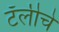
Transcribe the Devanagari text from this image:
टॅलीचे